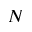
N